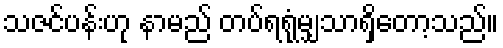
သဇင်ပန်းဟု နာမည် တပ်ရရုံမျှသာရှိတော့သည်။